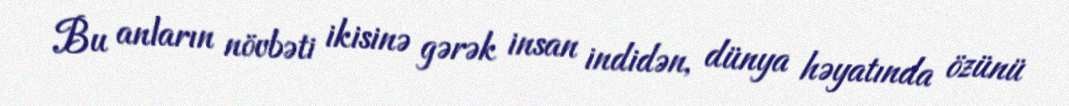
Bu anların növbəti ikisinə gərək insan indidən, dünya həyatında özünü